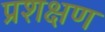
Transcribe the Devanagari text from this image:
प्रशक्षण